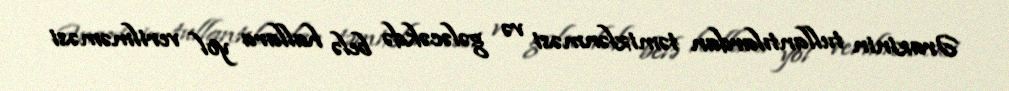
Ərazinin tullantılardan təmizlənməsi və gələcəkdə belə hallara yol verilməməsi